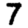
Digit: 7